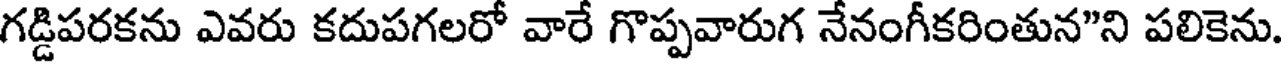
గడ్డిపరకను ఎవరు కదుపగలరో వారే గొప్పవారుగ నేనంగీకరింతున"ని పలికెను.